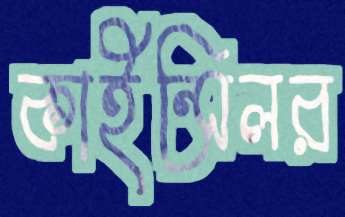
কাইন্সিলর